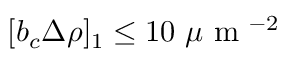
[ b _ { c } \Delta \rho ] _ { 1 } \leq 1 0 ~ \mu \textrm { m } ^ { - 2 }